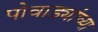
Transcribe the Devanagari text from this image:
पोवाड्यांच्या